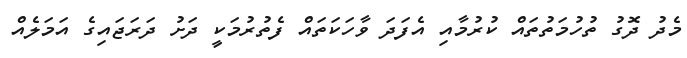
މެދު ދޮގު ތުހުމަތުތައް ކުރުމާއި އެފަދަ ވާހަކަތައް ފެތުރުމަކީ ދަށު ދަރަޖައިގެ އަމަލެއް